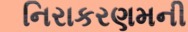
નિરાકરણમની